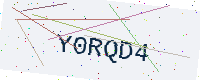
Text: Y0RQD4